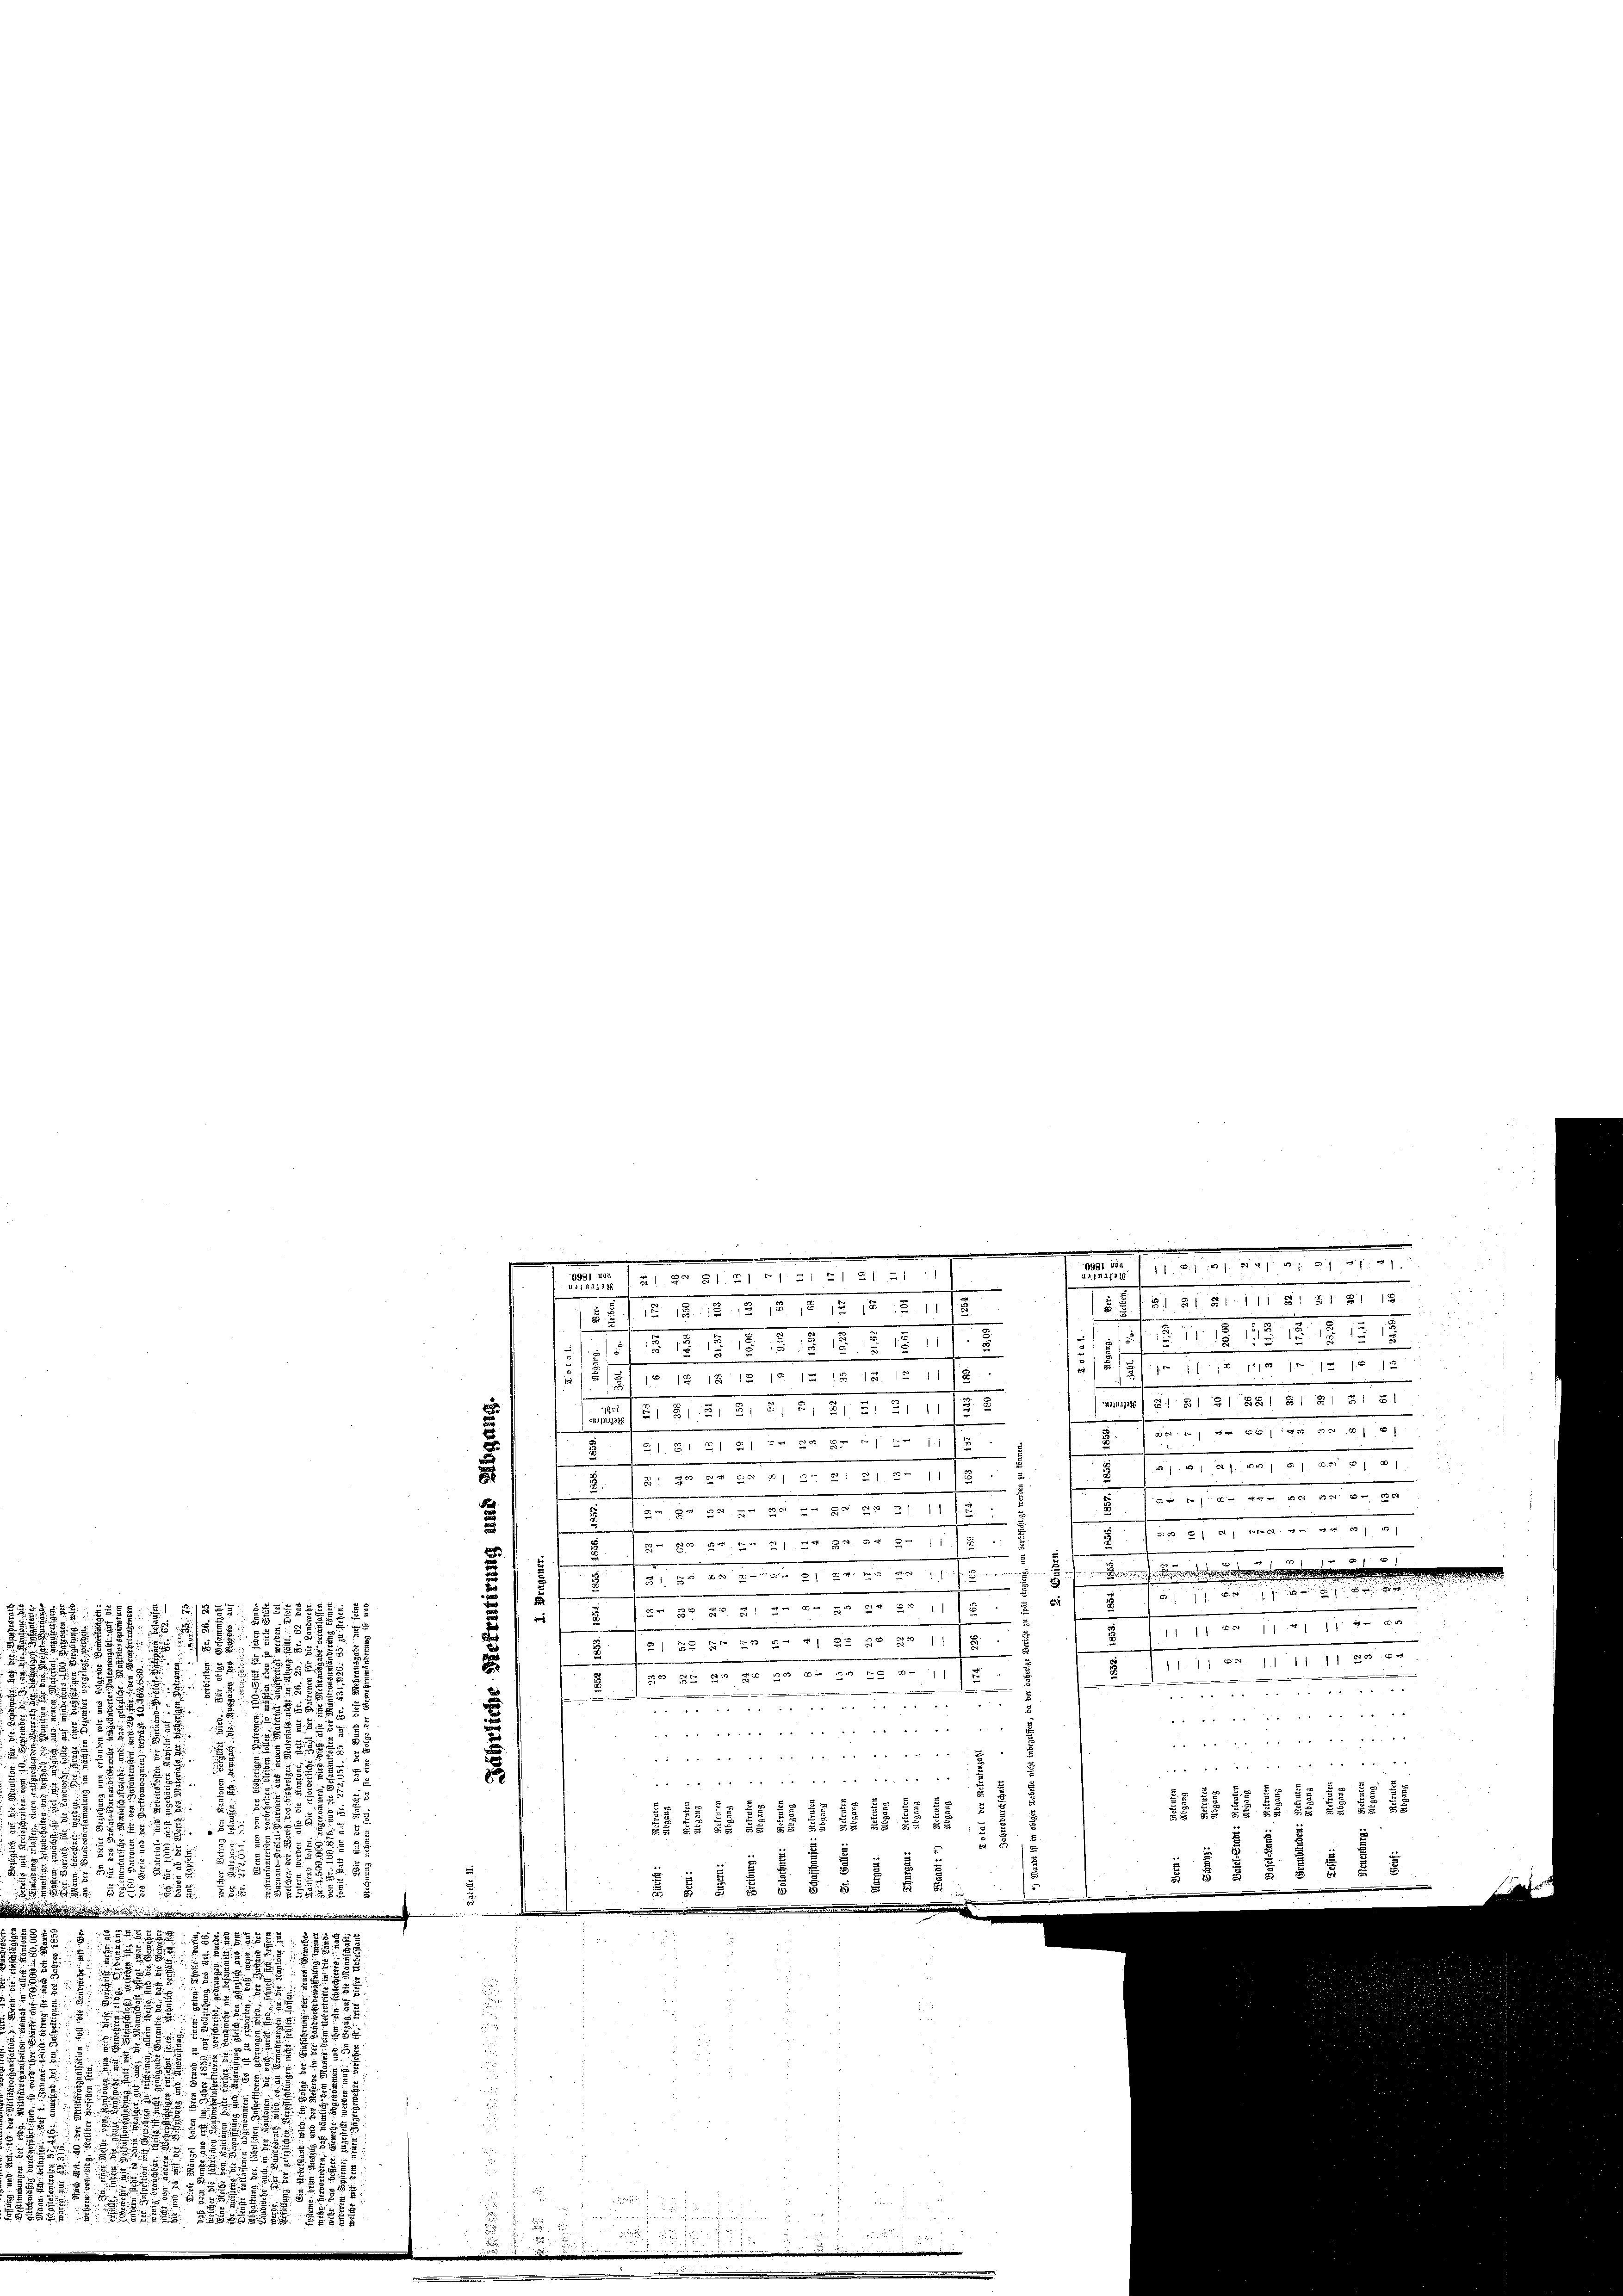
115. 511. 551. 557. 5
. f. 1 f 12 je 1 11 15
 (§ 13 § 12 12 15 12 12 11/2
s
u
m 31. 31 31. 801. 21 21 2151
No. 819, 21 21 21 21 21 21/22
i
6
111 11 n 2
.
x
AI. 21. 31. 31. ad 1157.
1    21 u 2. u 1. 211 f
5
.
.en 21. die von den an der 190
d. d. d. d. 20. d. 10. d. d. 111
u
7. No 21. d. 1881

e
Derseitigen
21. 30. d. d. d. 21. 20. 23. 20. 11. Ju
.
7 No 10. d. d. d. d. d. d. d. 1775. §. 21 § 101
 1855 1894
 158
1111 2/4 11 dem
u
1 geg
 58 x
11. 11 S. 1111 11 er

.
do 25. 20. d. d. 25. No. 115

587
.
.
n

er den und e f

1

d

2
.
                4
.

.
7

111 4111 447
11 11 11 141111114151:
855
185
13
 1872
1111111.
25518 § § 111
15 16 18

5
 x 2 2
155

d

1
225
1

u
s

518 x
555

.

5.

.
1

.
.
.
              1181. 810 f 24 x
f               21. 22 2121 21 21 21 21 21 11
e
S. 15 § 151. 111 S. 81. 81 18
371 f. 12. 1. 1818. 10. 1818 n 11/2.
Hat d. d. d. d. d. d. d. 18.